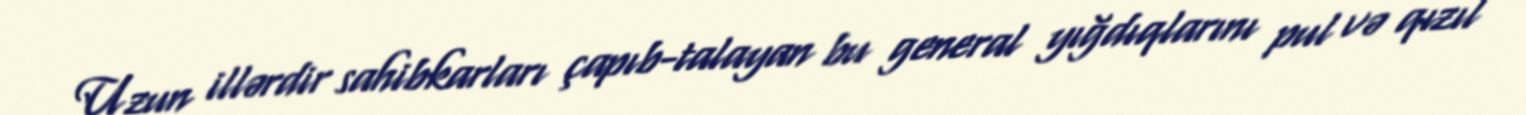
Uzun illərdir sahibkarları çapıb-talayan bu general yığdıqlarını pul və qızıl